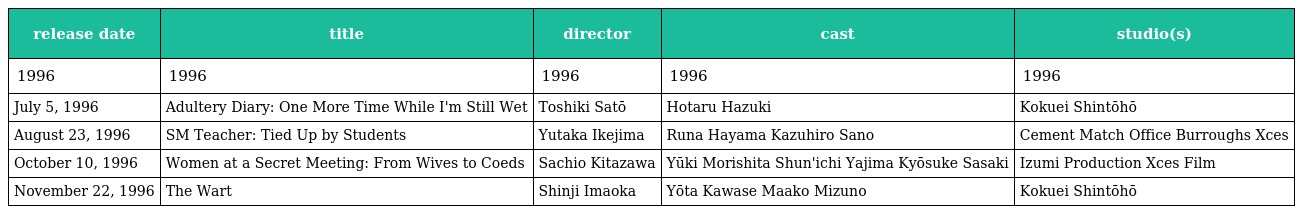
| release date | title | director | cast | studio(s) |
 | --- | --- | --- | --- | --- |
 | 1996 | 1996 | 1996 | 1996 | 1996 |
 | July 5, 1996 | Adultery Diary: One More Time While I'm Still Wet | Toshiki Satō | Hotaru Hazuki | Kokuei Shintōhō |
 | August 23, 1996 | SM Teacher: Tied Up by Students | Yutaka Ikejima | Runa Hayama Kazuhiro Sano | Cement Match Office Burroughs Xces |
 | October 10, 1996 | Women at a Secret Meeting: From Wives to Coeds | Sachio Kitazawa | Yūki Morishita Shun'ichi Yajima Kyōsuke Sasaki | Izumi Production Xces Film |
 | November 22, 1996 | The Wart | Shinji Imaoka | Yōta Kawase Maako Mizuno | Kokuei Shintōhō |